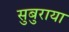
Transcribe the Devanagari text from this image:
सुबुराया